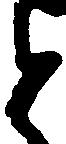
と